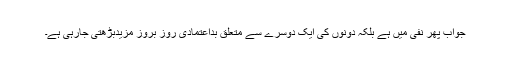
جواب پھر نفی میں ہے بلکہ دونوں کی ایک دوسرے سے متعلق بداعتمادی روز بروز مزیدبڑھتی جارہی ہے۔